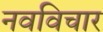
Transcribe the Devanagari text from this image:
नवविचार